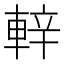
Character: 𨌍